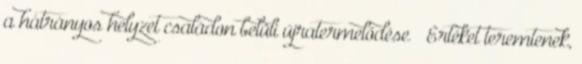
a hátrányos helyzet családon belüli újratermelődése  Értéket teremtenek,